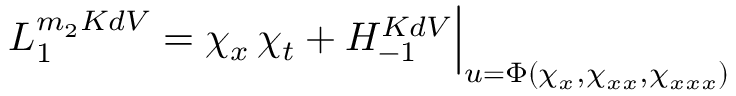
{ \cal L } _ { 1 } ^ { m _ { 2 } K d V } = \chi _ { x } \, \chi _ { t } + { \cal H } _ { - 1 } ^ { K d V } \Big | _ { u = \Phi ( \chi _ { x } , \chi _ { x x } , \chi _ { x x x } ) }